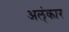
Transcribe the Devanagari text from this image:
अल्ंकार